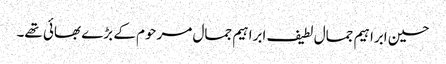
حسین ابراہیم جمال لطیف ابراہیم جمال مرحوم کے بڑے بھائی تھے۔